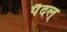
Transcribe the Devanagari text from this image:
पैदल्